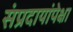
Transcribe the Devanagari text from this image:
संप्रदायांपेक्षा